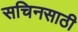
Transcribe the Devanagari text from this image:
सचिनसाठी